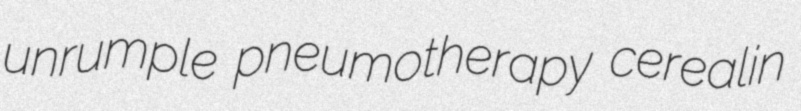
unrumple pneumotherapy cerealin